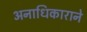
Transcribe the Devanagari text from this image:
अनाधिकाराने